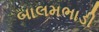
બાલમભાડી